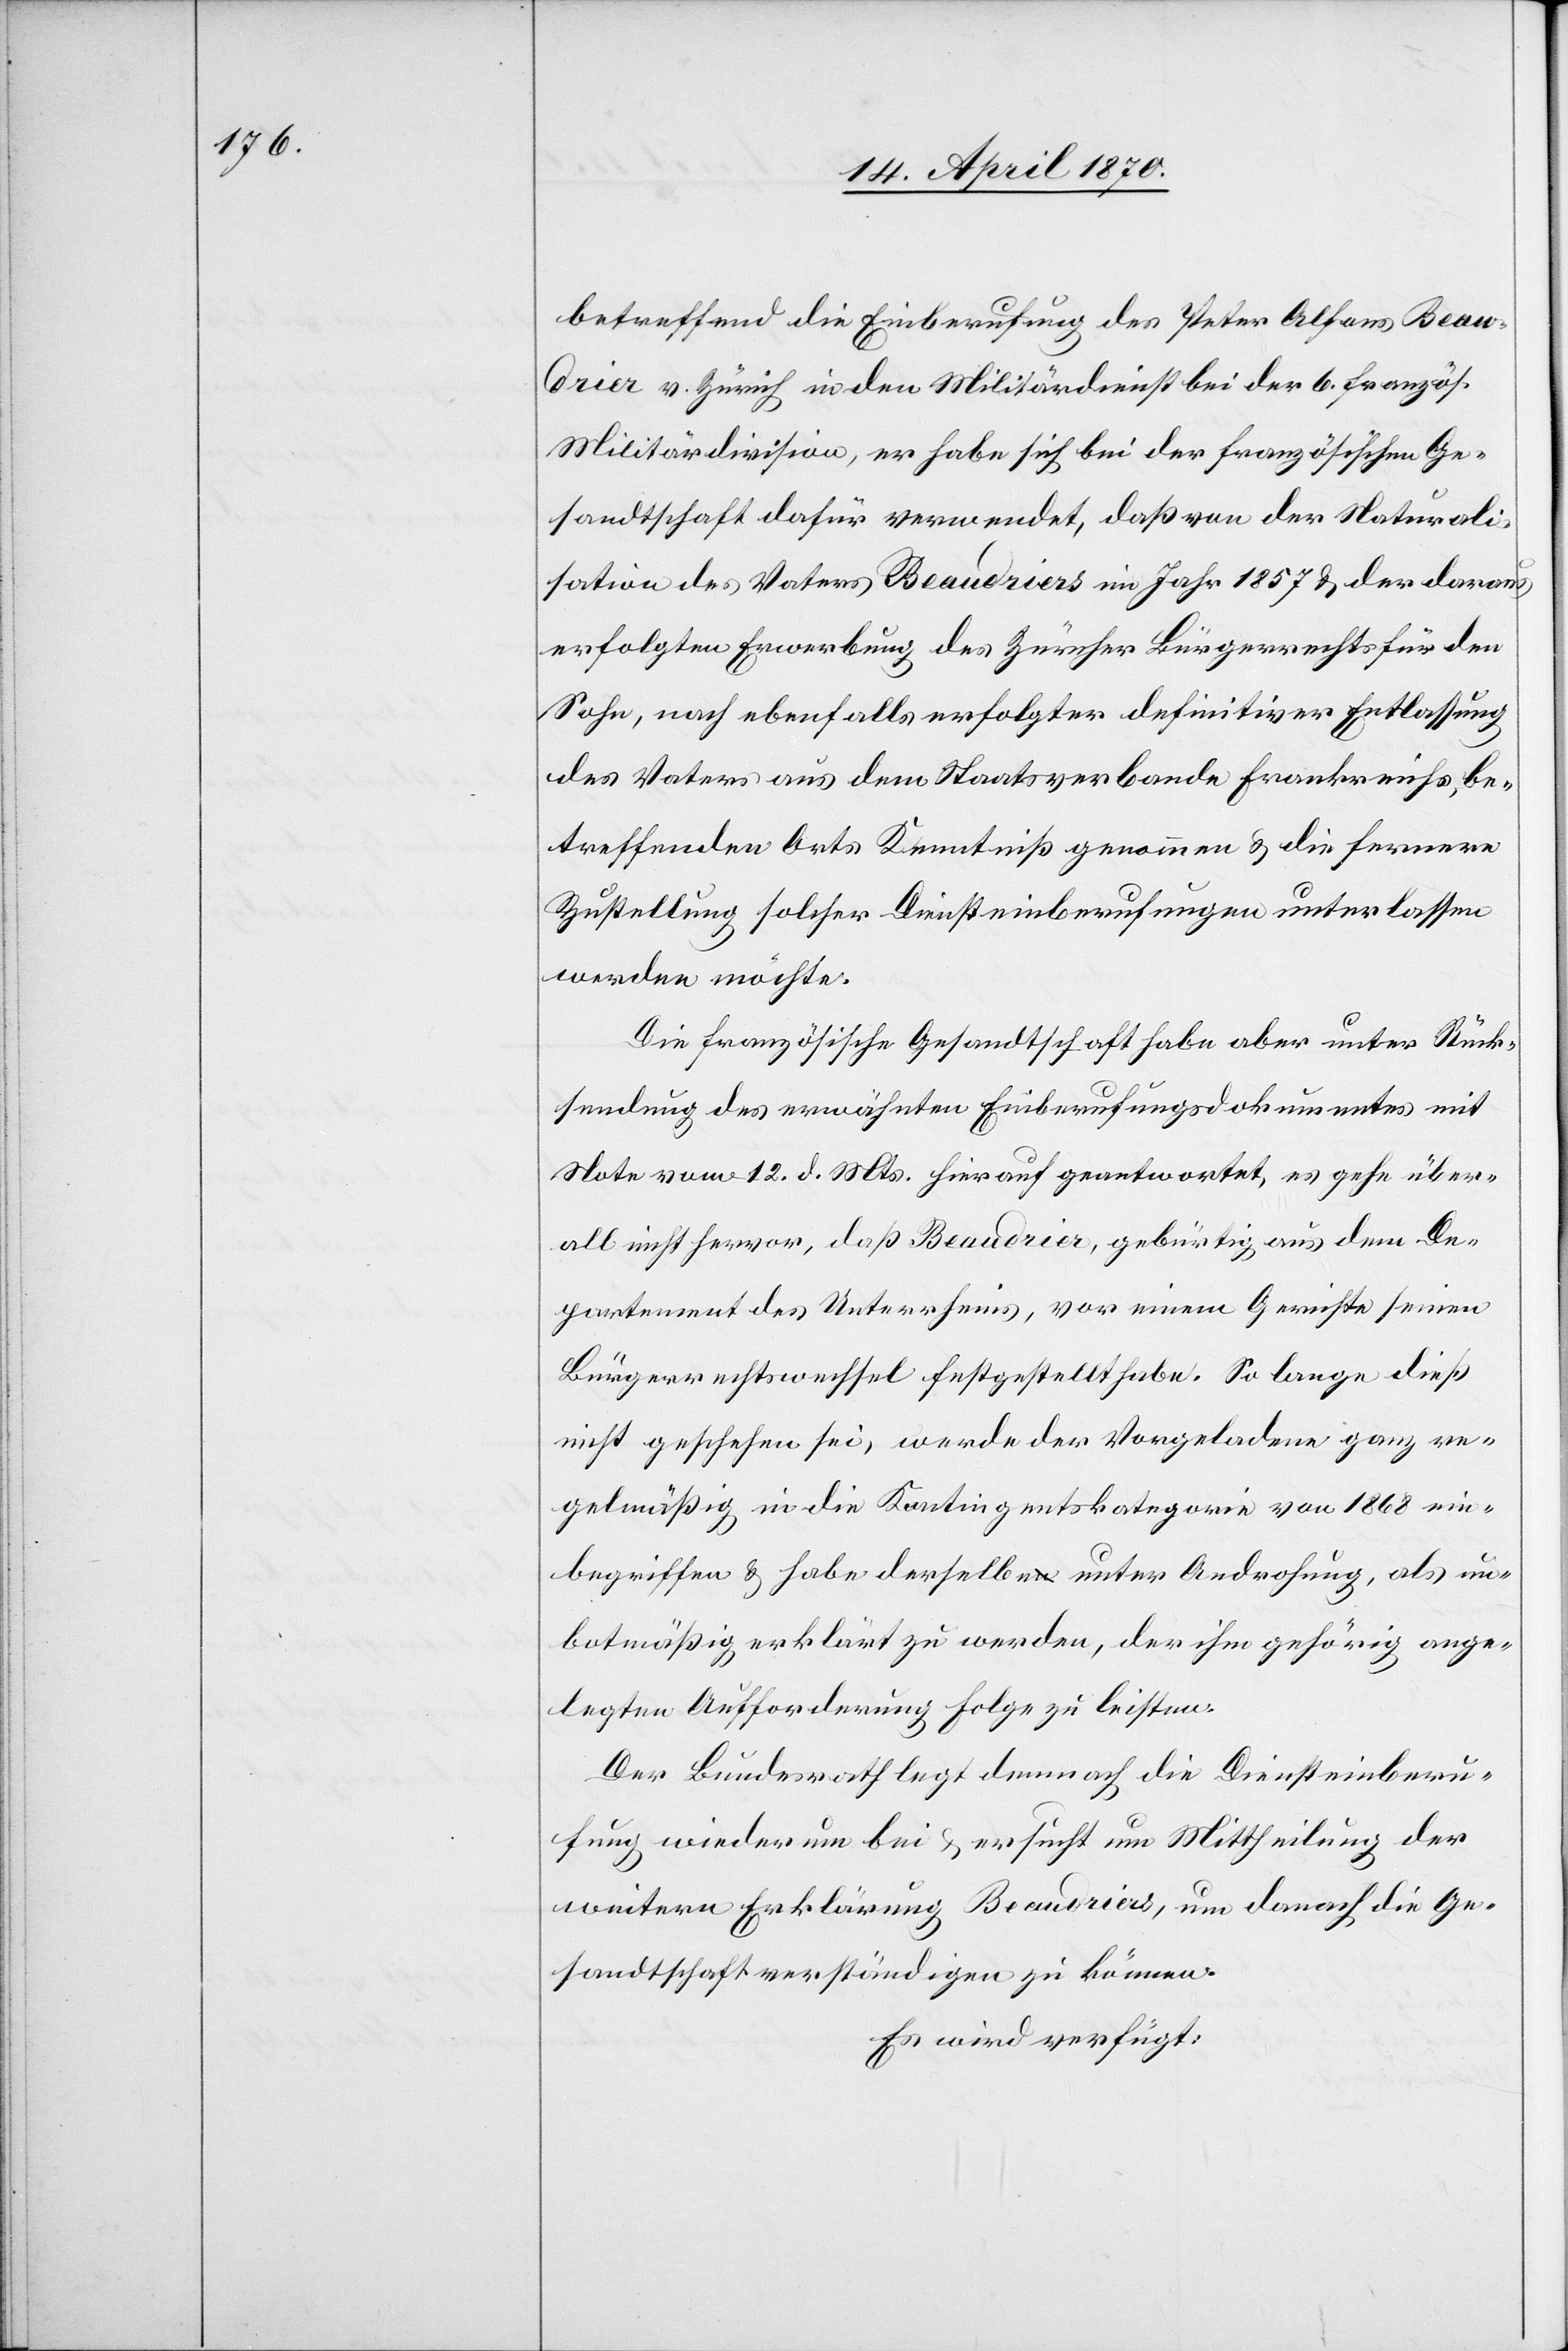
betreffend die Einberufung des Peter Alfons Beau¬
drier v. Zürich in den Militärdienst bei der 6. französ.
Militärdivision, er habe sich bei der französischen Ge¬
sandtschaft dafür verwendet, daß von der Naturali¬
sation des Vaters Beaudriers im Jahr 1857 & der daraus
erfolgten Erwerbung des Zürcher Bürgerrechts für den
Sohn, nach ebenfalls erfolgter definitiver Entlassung
des Vaters aus dem Staatsverbande Frankreichs, be¬
treffenden Orts Kenntniß genommen & die fernere
Zustellung solcher Diensteinberufungen unterlassen
werden möchte.
Die französische Gesandtschaft habe aber unter Rück¬
sendung des erwähnten Einberufungsdokuments mit
Note vom 12. d. Mts. hierauf geantwortet, es gehe über¬
all nicht hervor, daß Beaudrier, gebürtig aus dem De¬
partement des Unterrheins, vor einem Gericht seinen
Bürgerrechtswechsel festgestellt habe. So lange dieß
nicht geschehen sei, werde der Vorgeladene ganz re¬
gelmäßig in die Kontingentskategorie von 1868 ein¬
begriffen & habe derselbe unter Androhung, als un¬
botmäßig erklärt zu werden, der ihm gehörig ange¬
legten Aufforderung Folge zu leisten.
Der Bundesrath legt demnach die Diensteinberu¬
fung wiederum bei & ersucht um Mittheilung der
weitern Erklärung Beaudriers, um danach die Ge¬
sandtschaft verständigen zu können.
Es wird verfügt: